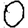
Digit: 0